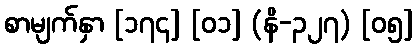
စာမျက်နှာ [၁၇၄] [၀၁] (နိ-၃၂၇) [၀၅]